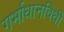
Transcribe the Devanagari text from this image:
गर्भाधानविधी